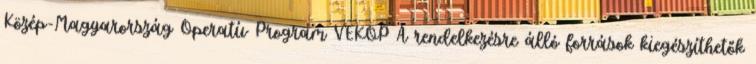
Közép-Magyarország Operatív Program VEKOP A rendelkezésre álló források kiegészíthetők